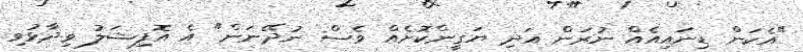
"އެކަން ޑިނައިއެއް ނުރަން އަދި ޔަގީންކޮށެއް ވެސް ނުދޭނަން" އެ އޮފިޝަލު ވިދާޅުވި